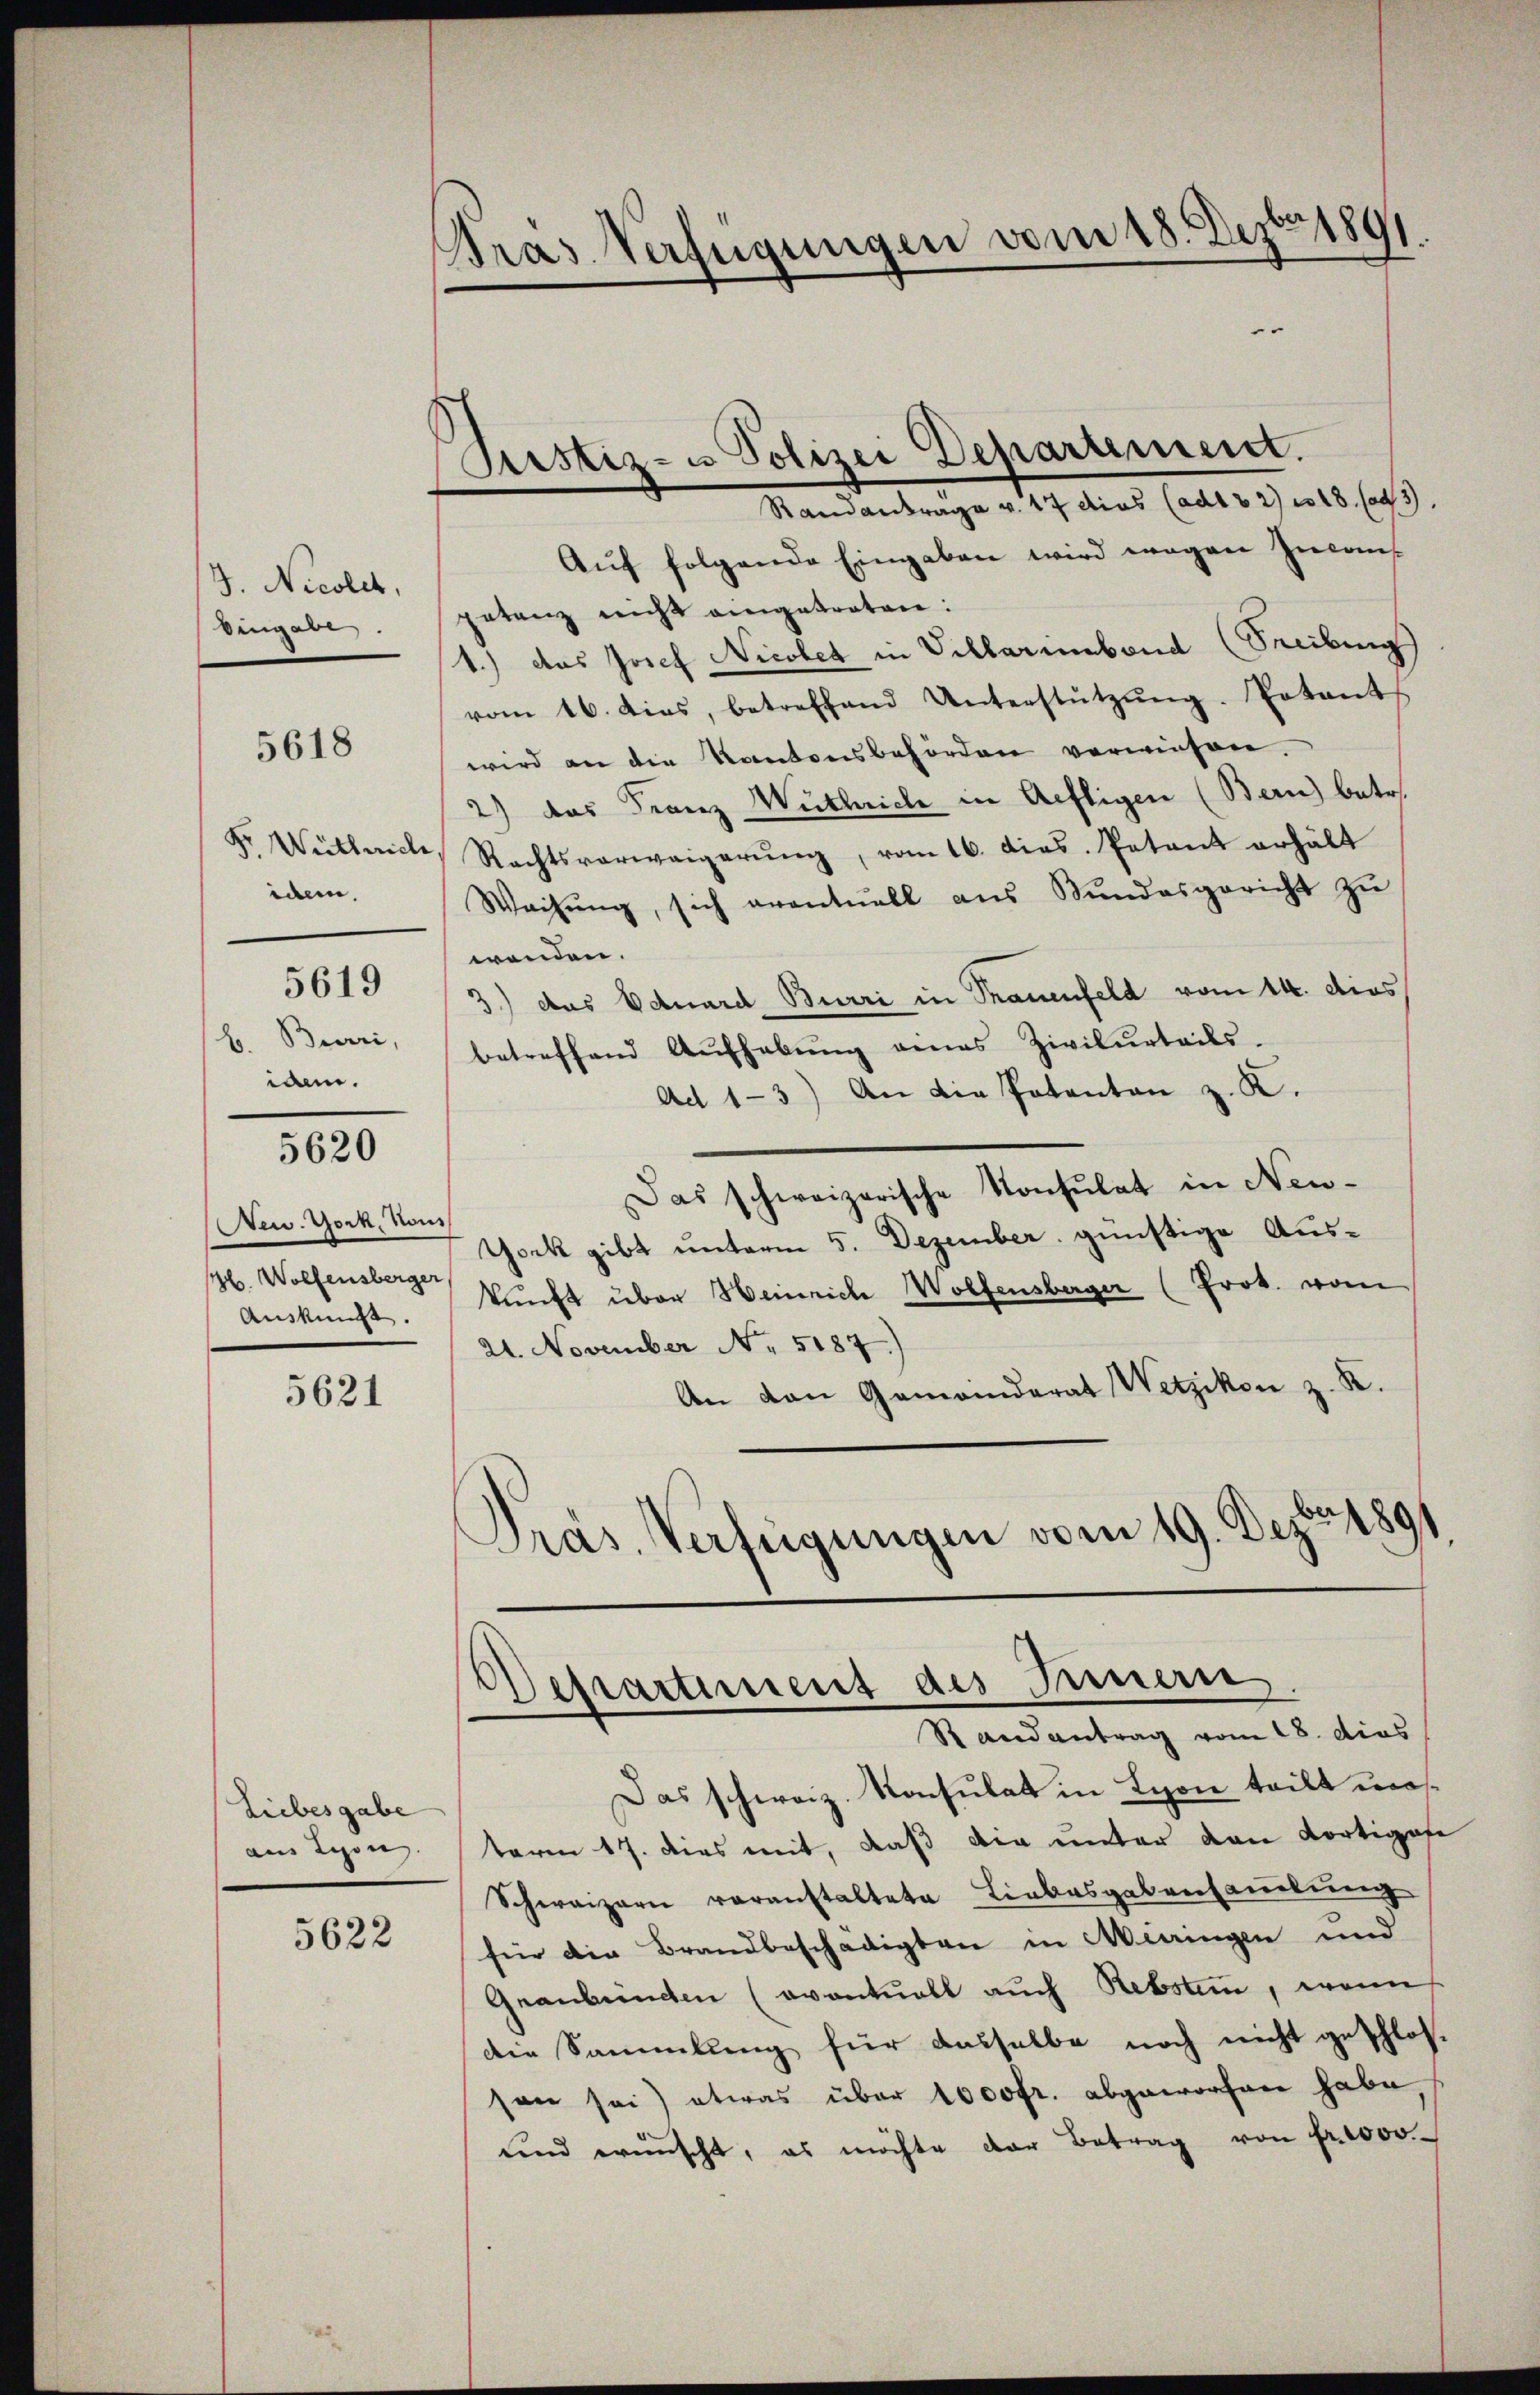
J. Nicolet,
Eingabe.

5618

idem,
5619
Burri,
.
ian.

5620

New York, von
146. Wolfensberger
Auskunft.

5621

Liebesgabe
aus Lyon. |

5622

Pras Verfügungen vom 18. Dezbr. 1891
.

Aŭf folgende Eingaben wird wegen Inconpetenz nicht eingetreten:
1.) das Josef Nicolet in Villariebend (Secibung
vom 16. dies, betreffend Unterstützŭng. Potant
wird an die Kantonsbehörden verwiesen.
2) das Franz Wuthrich in Aeftigen (Bern) betr.
Fr Wutlach, Rechtsverweigerung, vom 16. dies. Patent erhält
Weisŭng, sich eventuell ans Mundesgericht zŭ
wenden.
3.) das Eduard Burri in Trauenfeld vom 14. dies
betreffend Aufhebung eines Zivilurteils.
Ad 1-3) An die Potenten z. K.
Das schweizerische Konsulat in Neu-
York gibt unterm 5. Dezember günstige Auskunft über Heinriche Wolfensberger (Prot. vom
21. November Nr. 5187)
An van Gemeinderat Wetzikon z. R.
Präs. Verfügungen vom 19. Dezbr. 1891

Justiz- u Polizei Departement.
Randantrage v. 17 dies (adt 32) wo 18. (ad 3.

Derartiment des Innern.
Randantrag vom 18. dies

Das schweiz. Konsulat in Lyon teilt masterm 17. dies mit, daß die unter den Kortigofe
Schweizern voranstaltete Liebesgabensammlung
für die Brandbeschädigten in Miringen und
Graubünden (oventuell auch Rebstein, wenn
die Sammlung für dasselbe noch nicht geschlos-
son sei) etwas über 1000fr. abgeworfen habe.
und erinscht, es möchte der Betrag von fr. 1000.